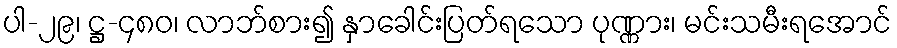
ပါ-၂၉၊ ဋ္ဌ-၄၈၀၊ လာဘ်စား၍ နှာခေါင်းပြတ်ရသော ပုဏ္ဏား၊ မင်းသမီးရအောင်